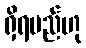
ရှိရမည်ဟု